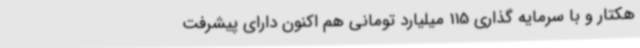
هکتار و با سرمایه گذاری 115 میلیارد تومانی هم اکنون دارای پیشرفت